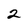
Character: 2